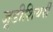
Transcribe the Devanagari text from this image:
जूडीशियरी